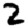
Digit: 2